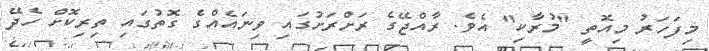
މިފަހަރު މިއޮތީ "މުރާކި" އެވެ. ރާއްޖޭގެ ރަށްރަށުގައި ވިނައެއްގެ ގޮތުގައި ތިރިކޮށް ހެދޭ